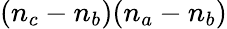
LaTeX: (n_{c}-n_{b})(n_{a}-n_{b})